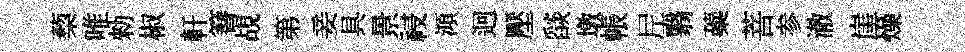
蔾唯勑椒軒簮覘第妾具景祲澒迥壓𦦨墩帳𡰱翳蘃菩参澈崖燥